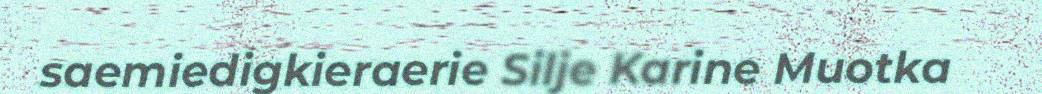
saemiedigkieraerie Silje Karine Muotka